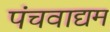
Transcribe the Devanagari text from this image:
पंचवाद्यम